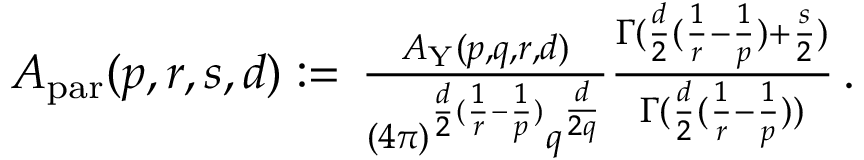
\begin{array} { r } { A _ { \mathrm { p a r } } ( p , r , s , d ) : = \, \frac { A _ { \mathrm { Y } } ( p , q , r , d ) } { ( 4 \pi ) ^ { \frac { d } 2 ( \frac 1 r - \frac 1 p ) } q ^ { \frac { d } { 2 q } } } \frac { \Gamma ( \frac { d } 2 ( \frac 1 r - \frac 1 p ) + \frac { s } 2 ) } { \Gamma ( \frac { d } 2 ( \frac 1 r - \frac 1 p ) ) } \, . } \end{array}